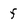
Character: f